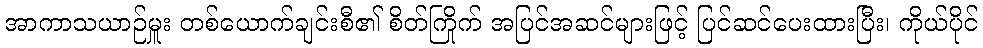
အာကာသယာဉ်မှူး တစ်ယောက်ချင်းစီ၏ စိတ်ကြိုက် အပြင်အဆင်များဖြင့် ပြင်ဆင်ပေးထားပြီး၊ ကိုယ်ပိုင်